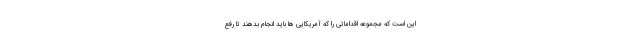
این است که مجموعه اقداماتی را که آمریکایی ها باید انجام بدهند تا رفع